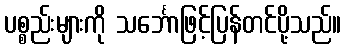
ပစ္စည်းများကို သင်္ဘောဖြင့်ပြန်တင်ပို့သည်။